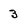
Character: 3